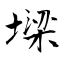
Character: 墚